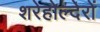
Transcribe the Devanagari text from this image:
शरेहोल्देरों